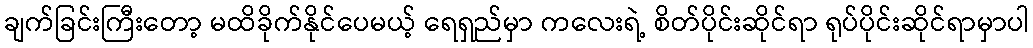
ချက်ခြင်းကြီးတော့ မထိခိုက်နိုင်ပေမယ့် ရေရှည်မှာ ကလေးရဲ့ စိတ်ပိုင်းဆိုင်ရာ ရုပ်ပိုင်းဆိုင်ရာမှာပါ